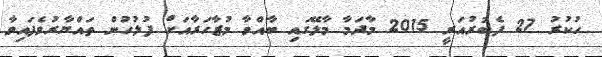
ހުކުރު 27 ފެބުރުއަރީ 2015 މާދަމާ މާލޭގައި ބާއްވާ މުޒާހަރާއަށް ފުލުހުން ތައްޔާރުވެފައިވާ